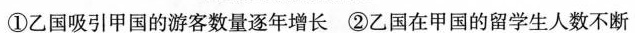
①乙国吸引甲国的游客数量逐年增长 ②乙国在甲国的留学生人数不断